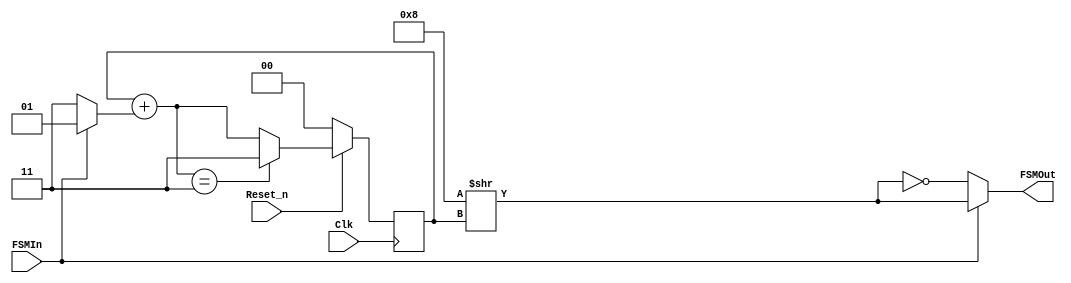
        //                                              //
      //                 Adam Gawlik                  //
    //  AGH University of Science and Technology    //
  //                 Mealy's FSM                  //
//                                              //

module MealyFSM #(parameter NUM_OF_BITS=4) (	// output's number of bits
		   	input wire Clk,
		   	input wire Reset_n,
			input wire FSMIn,
			output wire [NUM_OF_BITS-1:0] FSMOut
			);

parameter REG_WIDTH = $clog2(NUM_OF_BITS);	// calculate state reg width 
reg [REG_WIDTH-1:0] StateReg = 0;			// FSM's reg instantiation
reg [REG_WIDTH-1:0] NextState;
reg [NUM_OF_BITS:0] OneHotReg;
reg [REG_WIDTH-1:0] additive;

assign FSMOut = FSMIn ? OneHotReg : ~OneHotReg;

always@(posedge(Clk)) begin		// sequentional logic
	if (~Reset_n)
		StateReg <= 0;
	else
		StateReg <= NextState;
end

always@(FSMIn, StateReg) begin	// input comb. logic
	if (FSMIn)
		additive = 1;
	else
		additive = -1;
	NextState = StateReg + additive;
	if (NextState == {REG_WIDTH{1'b1}}) // underflow
		NextState = NUM_OF_BITS-1;
	if (NextState == NUM_OF_BITS) 		// overflow
		NextState = 0;
end

always@(StateReg)begin	// output comb. logic
	OneHotReg = {1'b1, {(NUM_OF_BITS-1){1'b0}}} >> StateReg;
end

endmodule